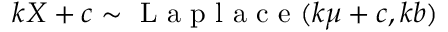
k X + c \sim { \textrm { L a p l a c e } } ( k \mu + c , k b )